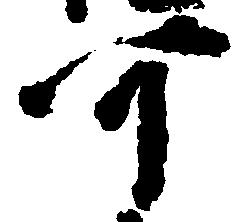
可